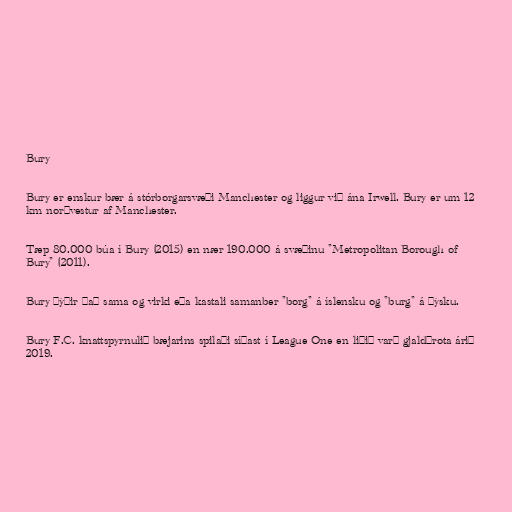
Bury

Bury er enskur bær á stórborgarsvæði Manchester og liggur við ána Irwell. Bury er um 12
km norðvestur af Manchester.

Tæp 80.000 búa í Bury (2015) en nær 190.000 á svæðinu "Metropolitan Borough of
Bury" (2011).

Bury þýðir það sama og virki eða kastali samanber "borg" á íslensku og "burg" á þýsku.

Bury F.C. knattspyrnulið bæjarins spilaði síðast í League One en liðið varð gjaldþrota árið
2019.